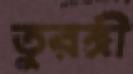
তুরঙ্গী